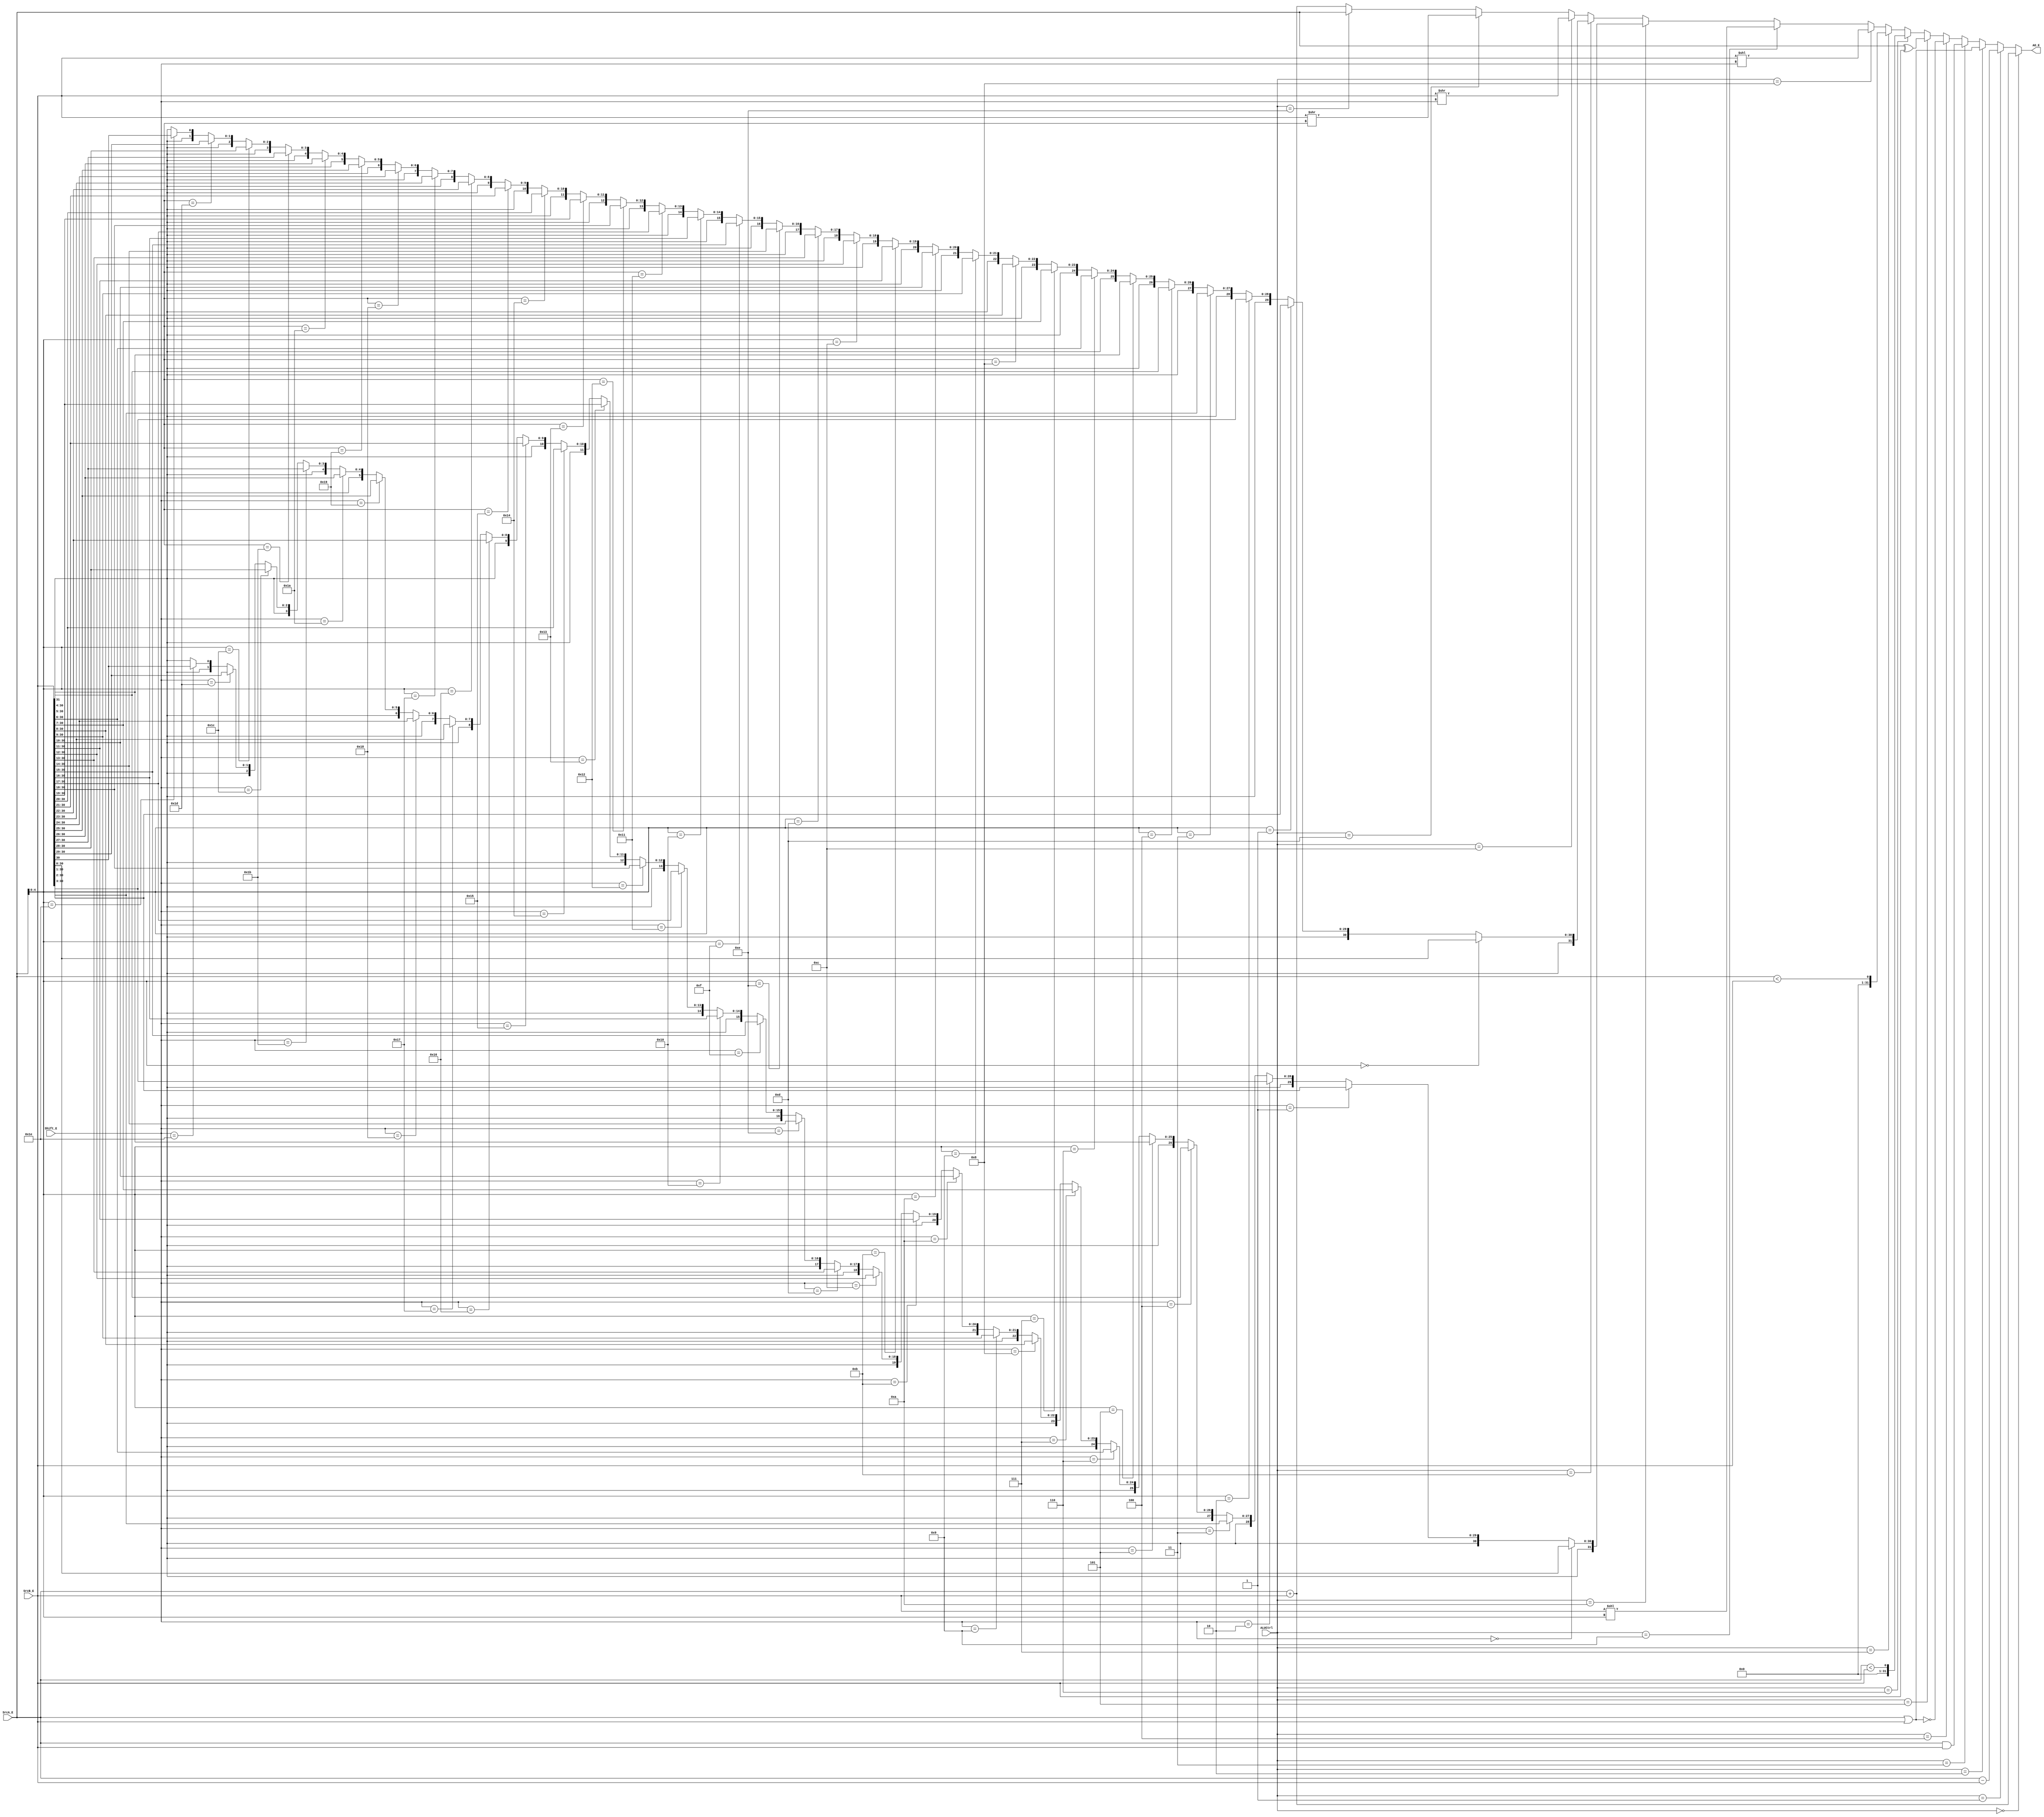
`timescale 1ns / 1ps
//////////////////////////////////////////////////////////////////////////////////
// Company: 
// Engineer: 
// 
// Design Name: 
// Module Name:    ALU 
// Project Name: 
// Target Devices: 
// Tool versions: 
// Description: 
//
// Dependencies: 
//
// Revision: 
// Revision 0.01 - File Created
// Additional Comments: 
//
//////////////////////////////////////////////////////////////////////////////////
module ALU(
    input [31:0] SrcA_E,
    input [31:0] SrcB_E,
    input [4:0] Shift_E,
    input [3:0] ALUCtrl,
    output[31:0] AO_E
    );
	wire signed [31:0] sgnA, sgnB, sraO, sravO;	//sgnAsgnBstl
	//wire [31:0] r;
	`define ADD 0
	`define SUB 1
	`define OR  2
	`define AND 3
	`define NOR 4
	`define XOR 5
	`define SLT 6
	`define SLTU 7
	`define SLL 8
	`define SLLV 9
	`define SRA 10
	`define SRAV 11
	`define SRL 12
	`define SRLV 13
	`define MOVZ 14
	assign sgnA = SrcA_E;
	assign sgnB = SrcB_E;
	assign AO_E = (ALUCtrl == `ADD) ?SrcA_E + SrcB_E:
				  (ALUCtrl == `SUB) ?SrcA_E - SrcB_E:
				  (ALUCtrl == `OR ) ?SrcA_E | SrcB_E:
				  (ALUCtrl == `AND) ?SrcA_E & SrcB_E:
				  (ALUCtrl == `NOR) ?~(SrcA_E | SrcB_E):
				  (ALUCtrl == `XOR) ?SrcA_E ^ SrcB_E:
				  (ALUCtrl == `SLT) ?(sgnA < sgnB):
				  (ALUCtrl == `SLTU)?SrcA_E < SrcB_E:
				  (ALUCtrl == `SLL) ?SrcB_E << Shift_E:
				  (ALUCtrl == `SLLV)?SrcB_E << SrcA_E[4:0]:
				  (ALUCtrl == `SRA) ?sraO:
				  (ALUCtrl == `SRAV)?sravO:
				  (ALUCtrl == `SRL) ?SrcB_E >> Shift_E:
				  (ALUCtrl == `SRLV)?SrcB_E >> SrcA_E[4:0]:
				  (ALUCtrl == `MOVZ)?SrcA_E:SrcA_E + SrcB_E;
				  
	assign sraO = (Shift_E ==  0)?  {{0{sgnB[31]}},sgnB[31:0]}:
				  (Shift_E ==  1)?  {{1{sgnB[31]}},sgnB[31:1]}:
				  (Shift_E ==  2)?  {{2{sgnB[31]}},sgnB[31:2]}:
				  (Shift_E ==  3)?  {{3{sgnB[31]}},sgnB[31:3]}:
				  (Shift_E ==  4)?  {{4{sgnB[31]}},sgnB[31:4]}:
				  (Shift_E ==  5)?  {{5{sgnB[31]}},sgnB[31:5]}:
				  (Shift_E ==  6)?  {{6{sgnB[31]}},sgnB[31:6]}:
				  (Shift_E ==  7)?  {{7{sgnB[31]}},sgnB[31:7]}:
				  (Shift_E ==  8)?  {{8{sgnB[31]}},sgnB[31:8]}:
				  (Shift_E ==  9)?  {{9{sgnB[31]}},sgnB[31:9]}:
				  (Shift_E == 10)? {{10{sgnB[31]}},sgnB[31:10]}:
				  (Shift_E == 11)? {{11{sgnB[31]}},sgnB[31:11]}:
				  (Shift_E == 12)? {{12{sgnB[31]}},sgnB[31:12]}:
				  (Shift_E == 13)? {{13{sgnB[31]}},sgnB[31:13]}:
				  (Shift_E == 14)? {{14{sgnB[31]}},sgnB[31:14]}:
				  (Shift_E == 15)? {{15{sgnB[31]}},sgnB[31:15]}:
				  (Shift_E == 16)? {{16{sgnB[31]}},sgnB[31:16]}:
				  (Shift_E == 17)? {{17{sgnB[31]}},sgnB[31:17]}:
				  (Shift_E == 18)? {{18{sgnB[31]}},sgnB[31:18]}:
				  (Shift_E == 19)? {{19{sgnB[31]}},sgnB[31:19]}:
				  (Shift_E == 20)? {{20{sgnB[31]}},sgnB[31:20]}:
				  (Shift_E == 21)? {{21{sgnB[31]}},sgnB[31:21]}:
				  (Shift_E == 22)? {{22{sgnB[31]}},sgnB[31:22]}:
				  (Shift_E == 23)? {{23{sgnB[31]}},sgnB[31:23]}:
				  (Shift_E == 24)? {{24{sgnB[31]}},sgnB[31:24]}:
				  (Shift_E == 25)? {{25{sgnB[31]}},sgnB[31:25]}:
				  (Shift_E == 26)? {{26{sgnB[31]}},sgnB[31:26]}:
				  (Shift_E == 27)? {{27{sgnB[31]}},sgnB[31:27]}:
				  (Shift_E == 28)? {{28{sgnB[31]}},sgnB[31:28]}:
				  (Shift_E == 29)? {{29{sgnB[31]}},sgnB[31:29]}:
				  (Shift_E == 30)? {{30{sgnB[31]}},sgnB[31:30]}:
				  (Shift_E == 31)? {{31{sgnB[31]}},sgnB[31:31]}:{32{sgnB[31]}};
				  
	assign sravO =(SrcA_E[4:0] ==  0)?  {{0{sgnB[31]}},sgnB[31:0]}:
				  (SrcA_E[4:0] ==  1)?  {{1{sgnB[31]}},sgnB[31:1]}:
				  (SrcA_E[4:0] ==  2)?  {{2{sgnB[31]}},sgnB[31:2]}:
				  (SrcA_E[4:0] ==  3)?  {{3{sgnB[31]}},sgnB[31:3]}:
				  (SrcA_E[4:0] ==  4)?  {{4{sgnB[31]}},sgnB[31:4]}:
				  (SrcA_E[4:0] ==  5)?  {{5{sgnB[31]}},sgnB[31:5]}:
				  (SrcA_E[4:0] ==  6)?  {{6{sgnB[31]}},sgnB[31:6]}:
				  (SrcA_E[4:0] ==  7)?  {{7{sgnB[31]}},sgnB[31:7]}:
				  (SrcA_E[4:0] ==  8)?  {{8{sgnB[31]}},sgnB[31:8]}:
				  (SrcA_E[4:0] ==  9)?  {{9{sgnB[31]}},sgnB[31:9]}:
				  (SrcA_E[4:0] == 10)? {{10{sgnB[31]}},sgnB[31:10]}:
				  (SrcA_E[4:0] == 11)? {{11{sgnB[31]}},sgnB[31:11]}:
				  (SrcA_E[4:0] == 12)? {{12{sgnB[31]}},sgnB[31:12]}:
				  (SrcA_E[4:0] == 13)? {{13{sgnB[31]}},sgnB[31:13]}:
				  (SrcA_E[4:0] == 14)? {{14{sgnB[31]}},sgnB[31:14]}:
				  (SrcA_E[4:0] == 15)? {{15{sgnB[31]}},sgnB[31:15]}:
				  (SrcA_E[4:0] == 16)? {{16{sgnB[31]}},sgnB[31:16]}:
				  (SrcA_E[4:0] == 17)? {{17{sgnB[31]}},sgnB[31:17]}:
				  (SrcA_E[4:0] == 18)? {{18{sgnB[31]}},sgnB[31:18]}:
				  (SrcA_E[4:0] == 19)? {{19{sgnB[31]}},sgnB[31:19]}:
				  (SrcA_E[4:0] == 20)? {{20{sgnB[31]}},sgnB[31:20]}:
				  (SrcA_E[4:0] == 21)? {{21{sgnB[31]}},sgnB[31:21]}:
				  (SrcA_E[4:0] == 22)? {{22{sgnB[31]}},sgnB[31:22]}:
				  (SrcA_E[4:0] == 23)? {{23{sgnB[31]}},sgnB[31:23]}:
				  (SrcA_E[4:0] == 24)? {{24{sgnB[31]}},sgnB[31:24]}:
				  (SrcA_E[4:0] == 25)? {{25{sgnB[31]}},sgnB[31:25]}:
				  (SrcA_E[4:0] == 26)? {{26{sgnB[31]}},sgnB[31:26]}:
				  (SrcA_E[4:0] == 27)? {{27{sgnB[31]}},sgnB[31:27]}:
				  (SrcA_E[4:0] == 28)? {{28{sgnB[31]}},sgnB[31:28]}:
				  (SrcA_E[4:0] == 29)? {{29{sgnB[31]}},sgnB[31:29]}:
				  (SrcA_E[4:0] == 30)? {{30{sgnB[31]}},sgnB[31:30]}:
				  (SrcA_E[4:0] == 31)? {{31{sgnB[31]}},sgnB[31:31]}:{32{sgnB[31]}};
endmodule